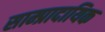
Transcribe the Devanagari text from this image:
साम्प्रादायिक